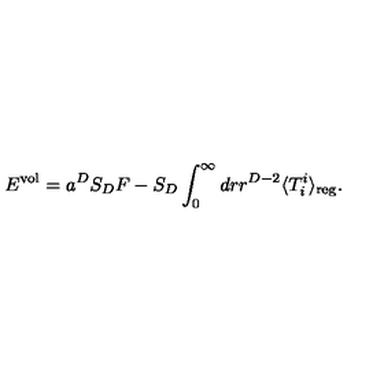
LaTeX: E ^ { \mathrm { v o l } } = a ^ { D } S _ { D } F - S _ { D } \int _ { 0 } ^ { \infty } d r r ^ { D - 2 } \langle T _ { i } ^ { i } \rangle _ { \mathrm { r e g } } .